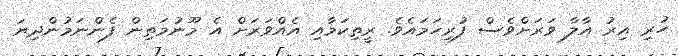
ހުރި އިރު އާލާ ވަރަށްވެސް ފުރިހަމައެވެ. ރީތިކަމާއި އެއްވަރަށް އެ މޫނުމަތިން ފެންނަމުންދިޔަ